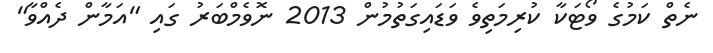
ނެތް ކަމުގެ ވޯޓަކާ ކުރިމަތިވެ ވަޑައިގަތުމުން 2013 ނޮވެމްބަރު ގައި "އަމާން ދެއްވާ"